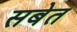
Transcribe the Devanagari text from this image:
सबेत